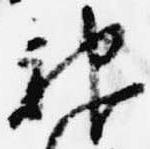
神